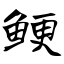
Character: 鲠